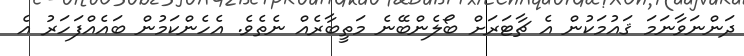
ދަންނަވާނަމަ ޤައުމަކުން އެ ޗާޓަރަށް ބޯލެންބޭނެ މަތީބާރެއް ނެތެވެ. އެހެންކަމުން ބައެއްފަހަރު އެ